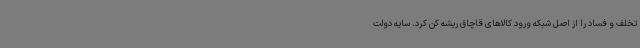
تخلف و فساد را از اصل شبکه ورود کالاهای قاچاق ریشه کن کرد. سایه دولت